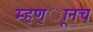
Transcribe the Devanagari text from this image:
म्हण्ाूनच